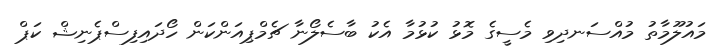
މައުލޫމާތު މުއްސަނދިވި މެސީގެ މޮޅު ކުޅުމާ އެކު ބާސެލޯނާ ޗެމްޕިއަންކަން ހޯދައިފިސްޕެނިޝް ކަޕް